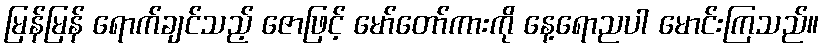
မြန်မြန် ရောက်ချင်သည့် ဇောဖြင့် မော်တော်ကားကို နေ့ရောညပါ မောင်းကြသည်။